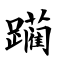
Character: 躏